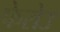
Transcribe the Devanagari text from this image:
फेरोउ